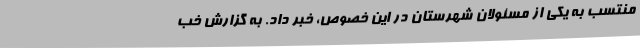
منتسب به یکی از مسئولان شهرستان در این خصوص، خبر داد. به گزارش خب